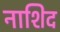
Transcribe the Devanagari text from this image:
नाशिद